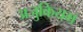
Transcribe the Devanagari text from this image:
अजुकियम